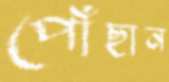
পোঁছান